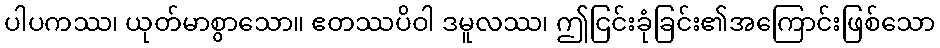
ပါပကဿ၊ ယုတ်မာစွာသော။ ဧတဿပိဝါ ဒမူလဿ၊ ဤငြင်းခုံခြင်း၏အကြောင်းဖြစ်သော